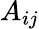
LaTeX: A_{ij}